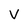
Character: v